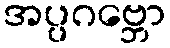
အပ္ပဂဗ္ဘော